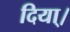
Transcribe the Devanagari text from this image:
दिया्।